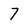
Character: 7